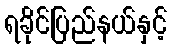
ရခိုင်ပြည်နယ်နှင့်